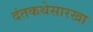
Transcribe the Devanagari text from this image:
दंतकथेसारखा